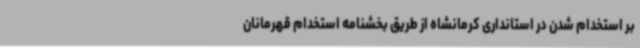
بر استخدام شدن در استانداری کرمانشاه از طریق بخشنامه استخدام قهرمانان